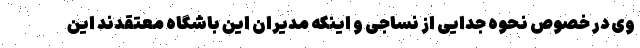
وی در خصوص نحوه جدایی از نساجی و اینکه مدیران این باشگاه معتقدند این